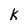
Character: k